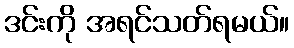
ဒင်းကို အရင်သတ်ရမယ်။